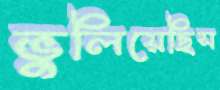
ভুলিয়েছিস